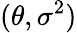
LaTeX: (\theta,\sigma^{2})